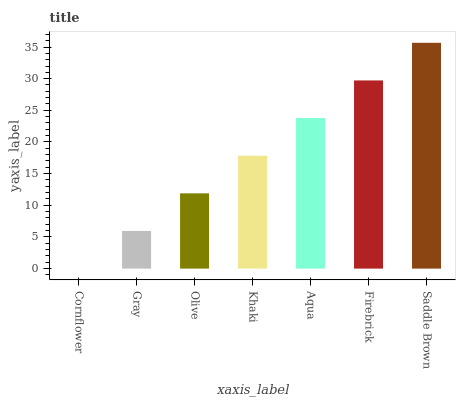
| xaxis_label | bars |
 | --- | --- |
 | Cornflower | 0 |
 | Gray | 5.94 |
 | Olive | 11.9 |
 | Khaki | 17.8 |
 | Aqua | 23.8 |
 | Firebrick | 29.7 |
 | Saddle Brown | 35.7 |